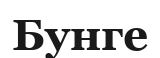
Бунге